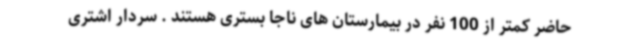
حاضر کمتر از 100 نفر در بیمارستان های ناجا بستری هستند . سردار اشتری